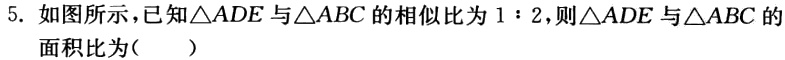
5. 如图所示，已知\(\triangle ADE\)与\(\triangle ABC\)的相似比为\(1:2\)，则\(\triangle ADE\)与\(\triangle ABC\)的 面积比为(  )